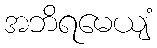
အဘိရမေယျံ